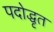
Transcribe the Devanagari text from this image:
पदोद्धृत